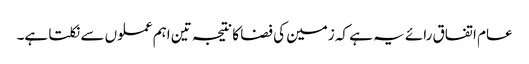
عام اتفاق رائے یہ ہے کہ زمین کی فضا کا نتیجہ تین اہم عملوں سے نکلتا ہے۔